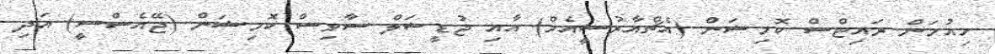
ހިއުމަން ރައިޓްސް ކޮމިޝަން (އެޗްއާރުސީއެމް) އާއި ޖުޑީޝަލް ސާވިސް ކޮމިޝަން (ޖޭއެސްސީ) އަދި